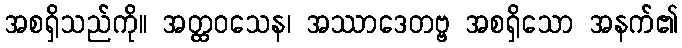
အစရှိသည်ကို။ အတ္ထဝသေန၊ အဿာဒေတဗ္ဗ အစရှိသော အနက်၏